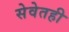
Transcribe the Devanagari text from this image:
सेवेतही